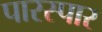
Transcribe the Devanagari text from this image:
पारस्पार